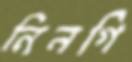
নিনগি